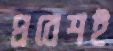
প্রবেশই